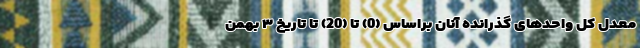
معدل کل واحدهای گذرانده آنان براساس ‌(‌0) تا (20) تا تاریخ ۳ بهمن